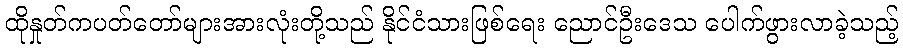
ထိုနှုတ်ကပတ်တော်များအားလုံးတို့သည် နိုင်ငံသားဖြစ်ရေး ညောင်ဦးဒေသ ပေါက်ဖွားလာခဲ့သည့်